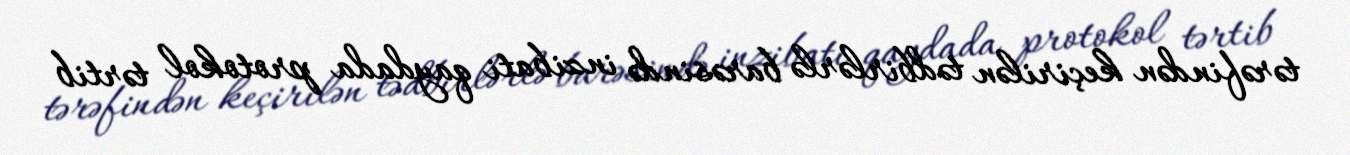
tərəfindən keçirilən tədbirlərlə barəsində inzibati qaydada protokol tərtib